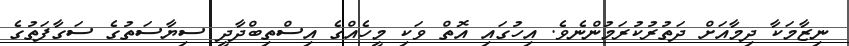
ނިޒާމަކާ ދިމާއަށް ދަތުރުކުރަމުންނެވެ. އިހުގައި އޮތް ވަކި މީހެއްގެ އިސްތިބްދާދީ ސިޔާސަތުގެ ސަގާފަތުގެ